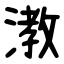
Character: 漖